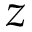
z